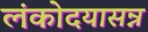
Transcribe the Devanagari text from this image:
लंकोदयासन्न